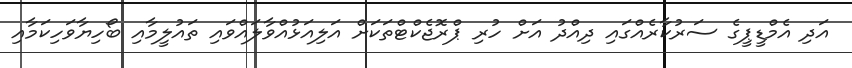
އަދި އެމްޑީޕީގެ ސަރުކާރެއްގައި ދިއްދު އަށް ހުރި ޕްރޮޖެކްޓްތަކަށް އަލިއަޅުއްވާލައްވައި ތައުލީމާއި ބޯހިޔާވަހިކަމާއި